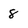
Character: 8